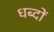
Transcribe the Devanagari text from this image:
धब्दों